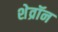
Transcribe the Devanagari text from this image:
शेव्रॉन